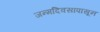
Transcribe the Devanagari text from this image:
जन्मदिवसापासून